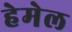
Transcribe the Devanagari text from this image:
हेमेल